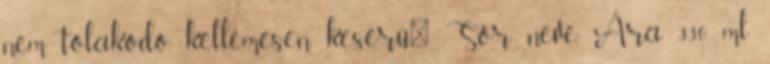
nem tolakodó, kellemesen keserű." Sör neve Ára 330 ml